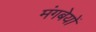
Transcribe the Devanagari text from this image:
मंगबेयों